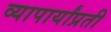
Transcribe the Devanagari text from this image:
व्यापार्यांप्रती